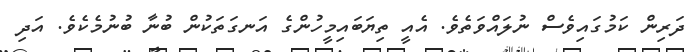
ދަރިިން ކަމުގައިވެސް ނުލައްވަތެވެ. އެއީ ތިޔަބައިމީހުންގެ އަނގަތަކުން ބުނާ ބުނުމެކެވެ. އަދި